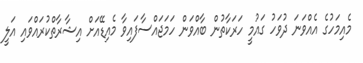
މެއިމަހުގެ އެއްވަނަ ދުވަހު ގައުމީ ހަރަކާތުން ބާއްވަން ހަމަޖައްސާފައިވާ މެއިޑޭއަށް އިޝާރާތްކުރައްވައި އަލީ